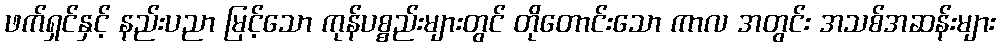
ဖက်ရှင်နှင့် နည်းပညာ မြင့်သော ကုန်ပစ္စည်းများတွင် တိုတောင်းသော ကာလ အတွင်း အသစ်အဆန်းများ